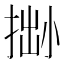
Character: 𢮬